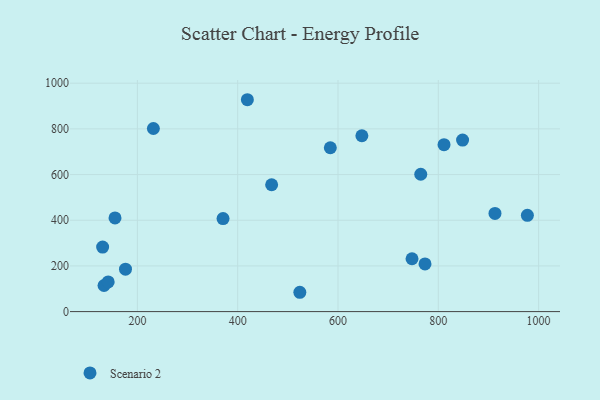
{"axis": {"x": "Experience", "y": "Rating"}, "legend": ["Scenario 2"], "data": [{"x": "370.8", "y": 407.3, "type": "Scenario 2"}, {"x": "584.7", "y": 717.4, "type": "Scenario 2"}, {"x": "231.9", "y": 801.6, "type": "Scenario 2"}, {"x": "419.3", "y": 927.6, "type": "Scenario 2"}, {"x": "176.3", "y": 185.9, "type": "Scenario 2"}, {"x": "155.4", "y": 410.1, "type": "Scenario 2"}, {"x": "133.5", "y": 114.2, "type": "Scenario 2"}, {"x": "141.8", "y": 129.7, "type": "Scenario 2"}, {"x": "647.6", "y": 769.8, "type": "Scenario 2"}, {"x": "811.4", "y": 730.8, "type": "Scenario 2"}, {"x": "848.4", "y": 751.0, "type": "Scenario 2"}, {"x": "773.5", "y": 208.5, "type": "Scenario 2"}, {"x": "747.6", "y": 231.4, "type": "Scenario 2"}, {"x": "977.6", "y": 421.3, "type": "Scenario 2"}, {"x": "765.0", "y": 601.4, "type": "Scenario 2"}, {"x": "467.7", "y": 555.4, "type": "Scenario 2"}, {"x": "913.0", "y": 429.9, "type": "Scenario 2"}, {"x": "523.9", "y": 84.6, "type": "Scenario 2"}, {"x": "130.7", "y": 282.6, "type": "Scenario 2"}]}